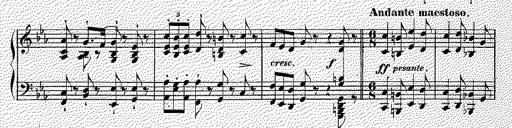
Title: Illustrations du ProphÃ¨te
Composer: Franz Liszt